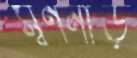
স্বর্ণনীড়